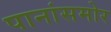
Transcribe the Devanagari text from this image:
पानांसमोर